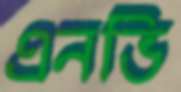
এনভি